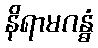
နိရာမဂန္ဓံ